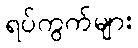
ရပ်ကွက်များ